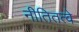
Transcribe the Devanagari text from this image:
नीतितत्वे